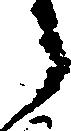
う